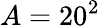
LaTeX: A=20^{2}